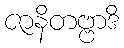
ဇာနိတဗ္ဗာဒိ